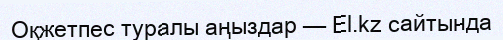
Оқжетпес туралы аңыздар — El.kz сайтында